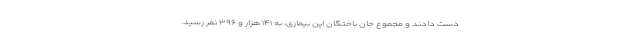
دست دادند و مجموع جان باختگان این بیماری، به ۱۴۱ هزار و ۳۹۶ نفر رسید.